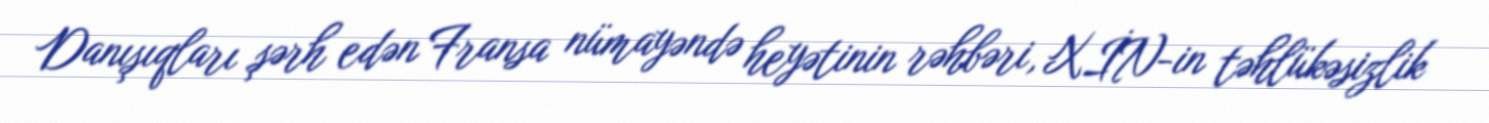
Danışıqları şərh edən Fransa nümayəndə heyətinin rəhbəri, XİN-in təhlükəsizlik